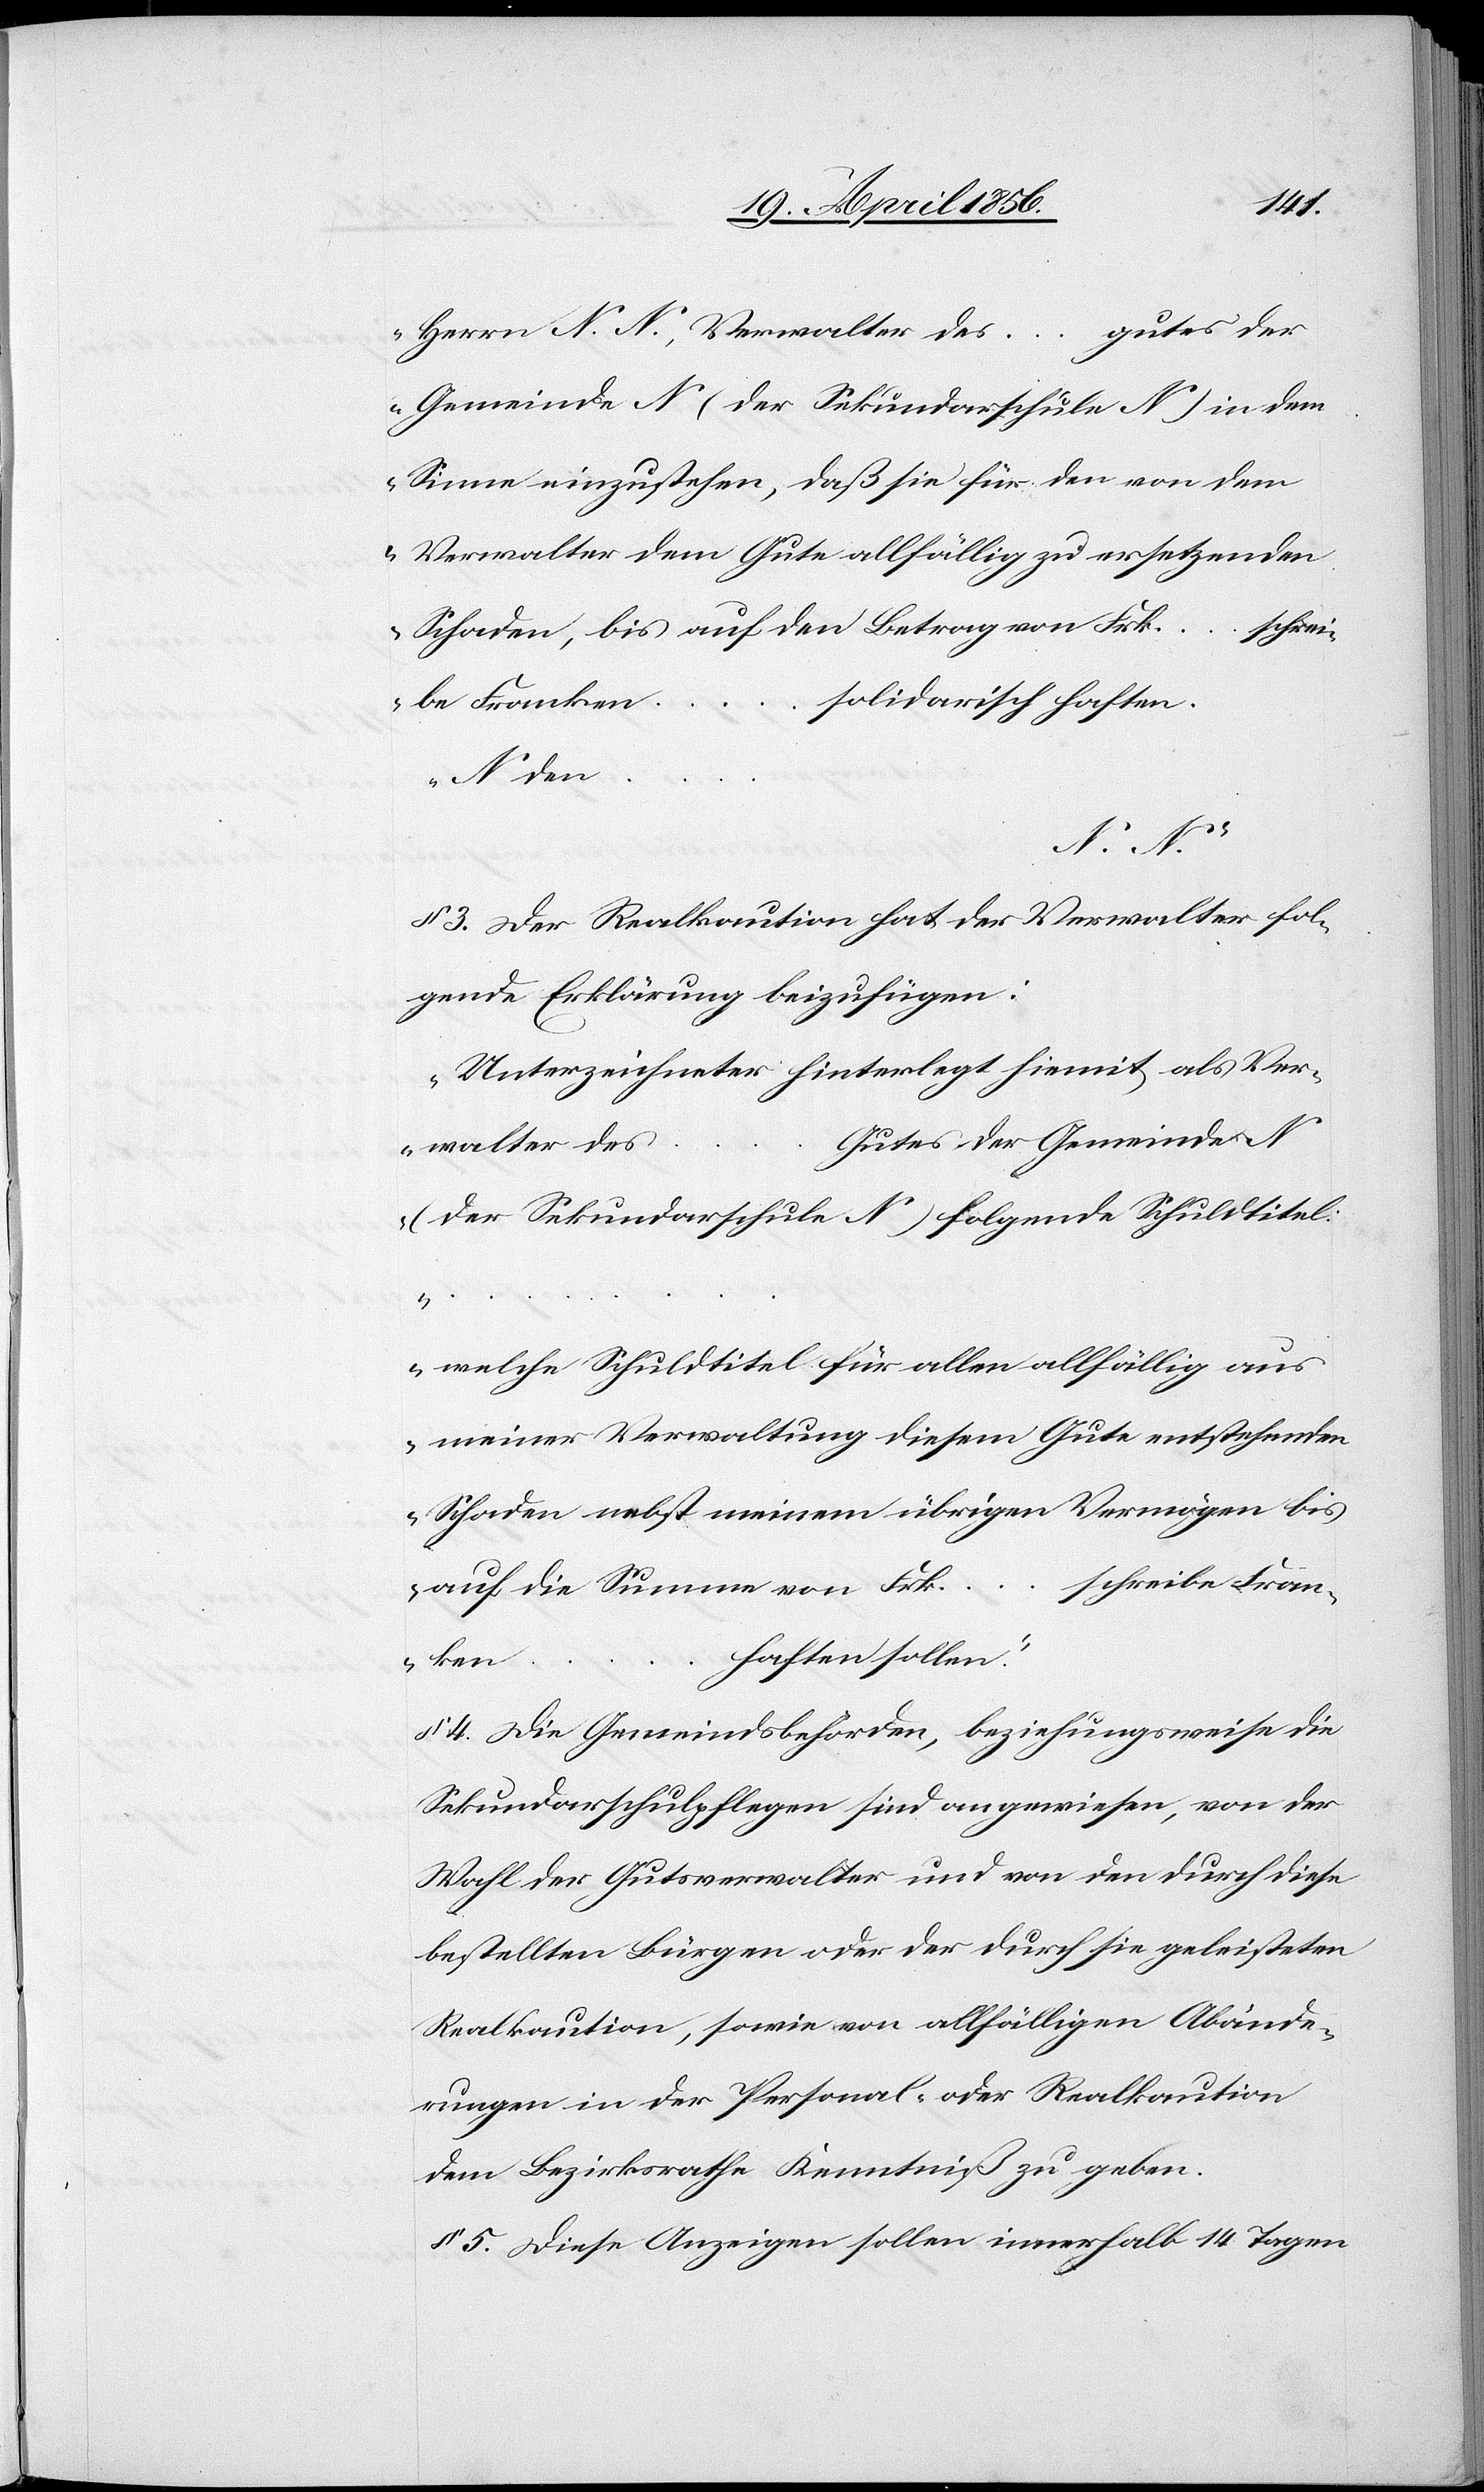
ken
Herrn N. N., Verwalter des … gutes der
Gemeinde N (der Sekundarschule N) in dem
Sinne einzustehen, daß sie für den von dem
Verwalter dem Gute allfällig zu ersetzenden
Schaden, bis auf den Betrag von Frk. …
schrei¬
solidarisch haften.
be Franken …
N den
N. N.“
§ 3. Der Realkaution hat der Verwalter fol¬
gende Erklärung beizufügen:
„Unterzeichneter hinterlegt hiemit als Ver¬
Gutes der Gemeinde N
walter des
(der Sekundarschule N) folgende Schuldtitel:
…
welche Schuldtitel für allen allfällig aus
meiner Verwaltung diesem Gute entstehenden
Schaden nebst meinem übrigen Vermögen bis
auf die Summe von Frk. … schreibe Fran¬
haften sollen.“
§ 4. Die Gemeindsbehörden, beziehungsweise die
Sekundarschulpflegen sind angewiesen, von der
Wahl der Gutsverwalter und von den durch diese
bestellten Bürgen oder der durch sie geleisteten
Realkaution, sowie von allfälligen Abände¬
rungen in der Personal- oder Realkaution
dem Bezirksrathe Kenntniß zu geben.
§ 5. Diese Anzeigen sollen innerhalb 14 Tagen